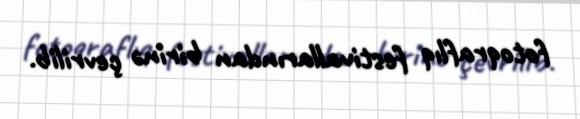
fotoqraflıq festivallarından birinə çevrilib.